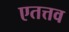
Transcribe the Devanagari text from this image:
एतत्तव